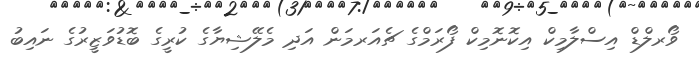
ވޯރލްޑް އިސްލާމިކް އިކޮނޮމިކް ފޯރަމްގެ ޗެއަރމަން އަދި މެލޭޝިޔާގެ ކުރީގެ ބޮޑުވަޒީރުގެ ނައިބު